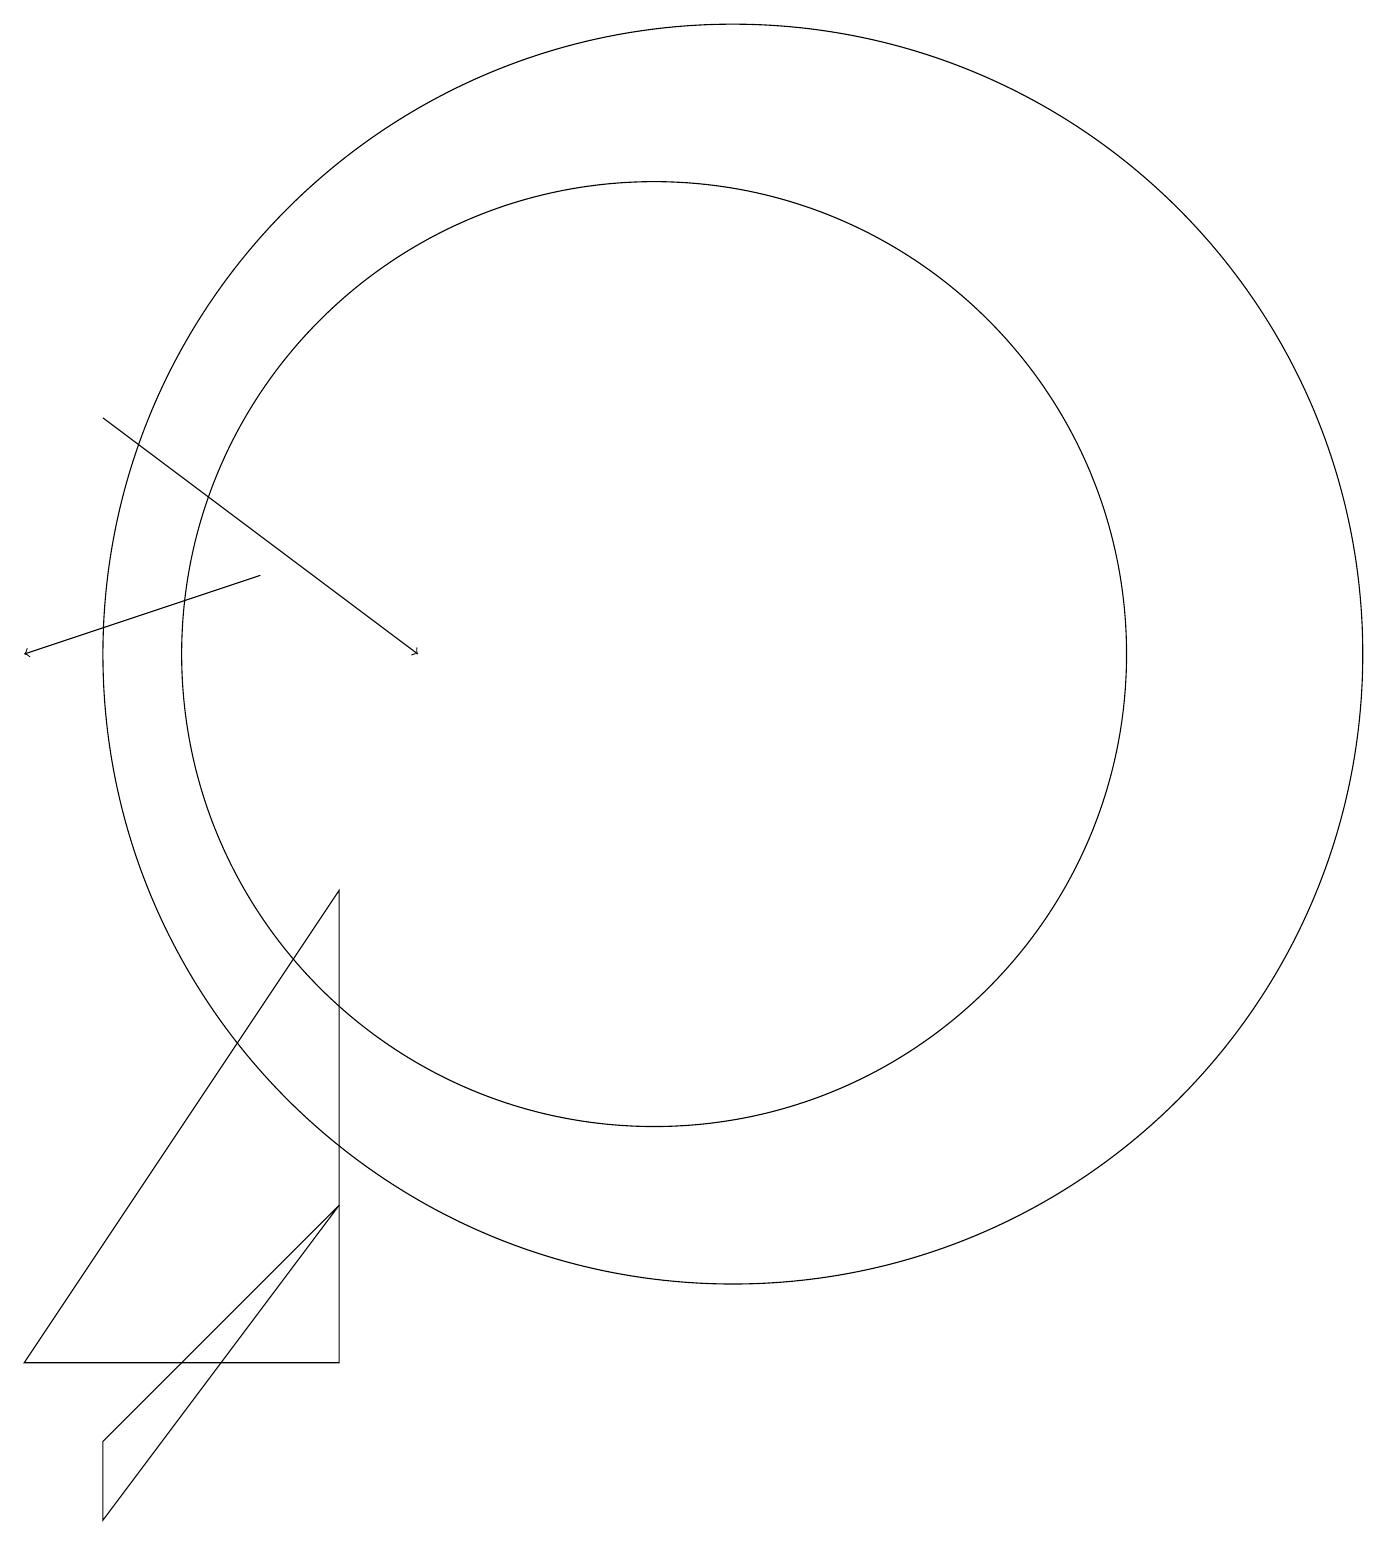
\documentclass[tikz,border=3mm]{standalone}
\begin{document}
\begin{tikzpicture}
\draw (10,11) circle (6);
\draw[->] (3,14) -- (7,11);
\draw (3,1) -- (3,0) -- (6,4) -- cycle;
\draw (6,2) -- (2,2) -- (6,8) -- cycle;
\draw (11,11) circle (8);
\draw[->] (5,12) -- (2,11);
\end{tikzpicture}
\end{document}